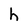
Character: h